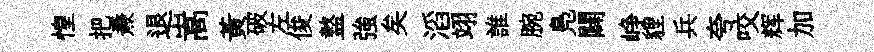
惶把燾退嵩黃破左俊盩強矣滔翊誰腕鳬闢峥貍兵夸咬辉加